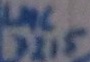
Text: LMC7215